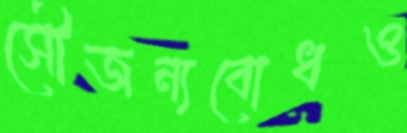
সৌজন্যবোধও